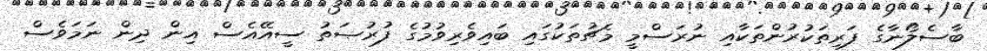
ބާސެލޯނާގެ ފަރިތަކުރުންތަކާއި ނުރަސްމީ މެޗުތަކުގައި ބައިވެރިވުމުގެ ފުރުޞަތު ސީއޭއެސް އިން ދިން ނަމަވެސް